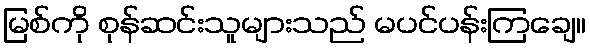
မြစ်ကို စုန်ဆင်းသူများသည် မပင်ပန်းကြချေ။